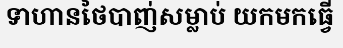
ទាហានថៃបាញ់សម្លាប់ យកមកធ្វើ